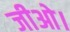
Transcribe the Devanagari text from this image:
जीओ।